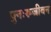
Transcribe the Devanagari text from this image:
पुनःरूजीवन